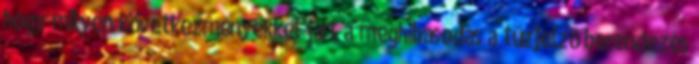
hogy milyen következményekkel járt a meghibásodás a tûzjelzõ berendezés